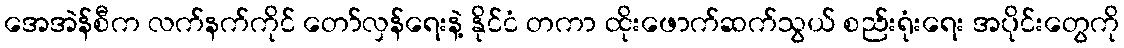
အေအဲန်စီက လက်နက်ကိုင် တော်လှန်ရေးနဲ့ နိုင်ငံ တကာ ထိုးဖောက်ဆက်သွယ် စည်းရုံးရေး အပိုင်းတွေကို